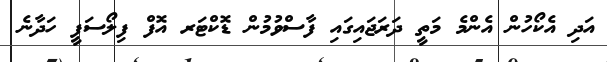
އަދި އެކޯހުން އެންމެ މަތީ ދަރަޖައިގައި ފާސްވުމުން ޑޮކްޓަރ އޮފް ފިލޯސަފީ ހަދާނެ